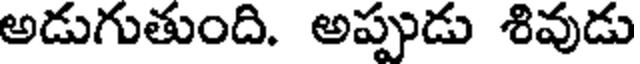
అడుగుతుంది. అప్పుడు శివుడు